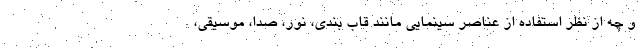
و چه از نظر استفاده از عناصر سینمایی مانند قاب بندی، نور، صدا، موسیقی،